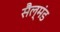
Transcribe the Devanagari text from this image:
सैल्मंड